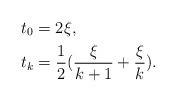
LaTeX: \begin{align*} t_0&= 2 \xi, \\ t_{k} &= \frac{1}{2}(\frac{\xi}{k+1}+ \frac{\xi}{k}). \end{align*}